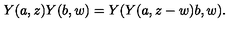
Y ( a , z ) Y ( b , w ) = Y ( Y ( a , z - w ) b , w ) .